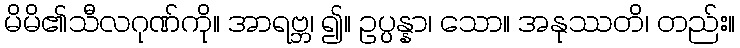
မိမိ၏သီလဂုဏ်ကို။ အာရဗ္ဘ၊ ၍။ ဥပ္ပန္နာ၊ သော။ အနုဿတိ၊ တည်း။